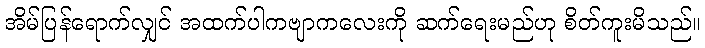
အိမ်ပြန်ရောက်လျှင် အထက်ပါကဗျာကလေးကို ဆက်ရေးမည်ဟု စိတ်ကူးမိသည်။